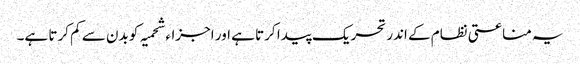
یہ مناعتی نظام کے اندر تحریک پیدا کرتا ہے اور اجزاء شحمیہ کو بدن سے کم کرتا ہے۔